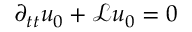
\partial _ { t t } u _ { 0 } + \mathscr { L } u _ { 0 } = 0